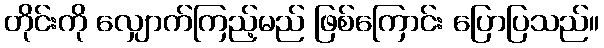
တိုင်းကို လျှောက်ကြည့်မည် ဖြစ်ကြောင်း ပြောပြသည်။